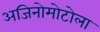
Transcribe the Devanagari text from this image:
अजिनोमोटोला